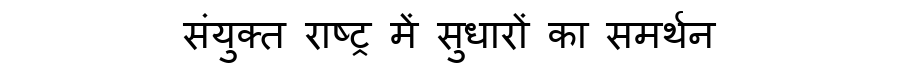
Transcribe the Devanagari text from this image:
संयुक्त राष्ट्र में सुधारों का समर्थन